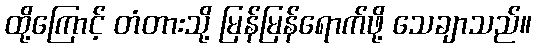
ထို့ကြောင့် တံတားသို့ မြန်မြန်ရောက်ဖို့ သေချာသည်။